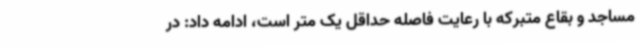
مساجد و بقاع متبرکه با رعایت فاصله حداقل یک متر است، ادامه داد: در